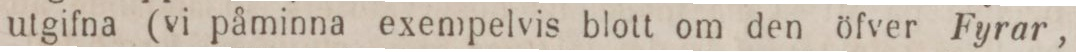
utgifna (vi påminna exempelvis blott om den öfver Fyrar,